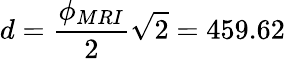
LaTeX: d=\frac{\phi_{MRI}}{2}\sqrt{2}=459.62